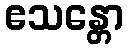
ဧသန္တော